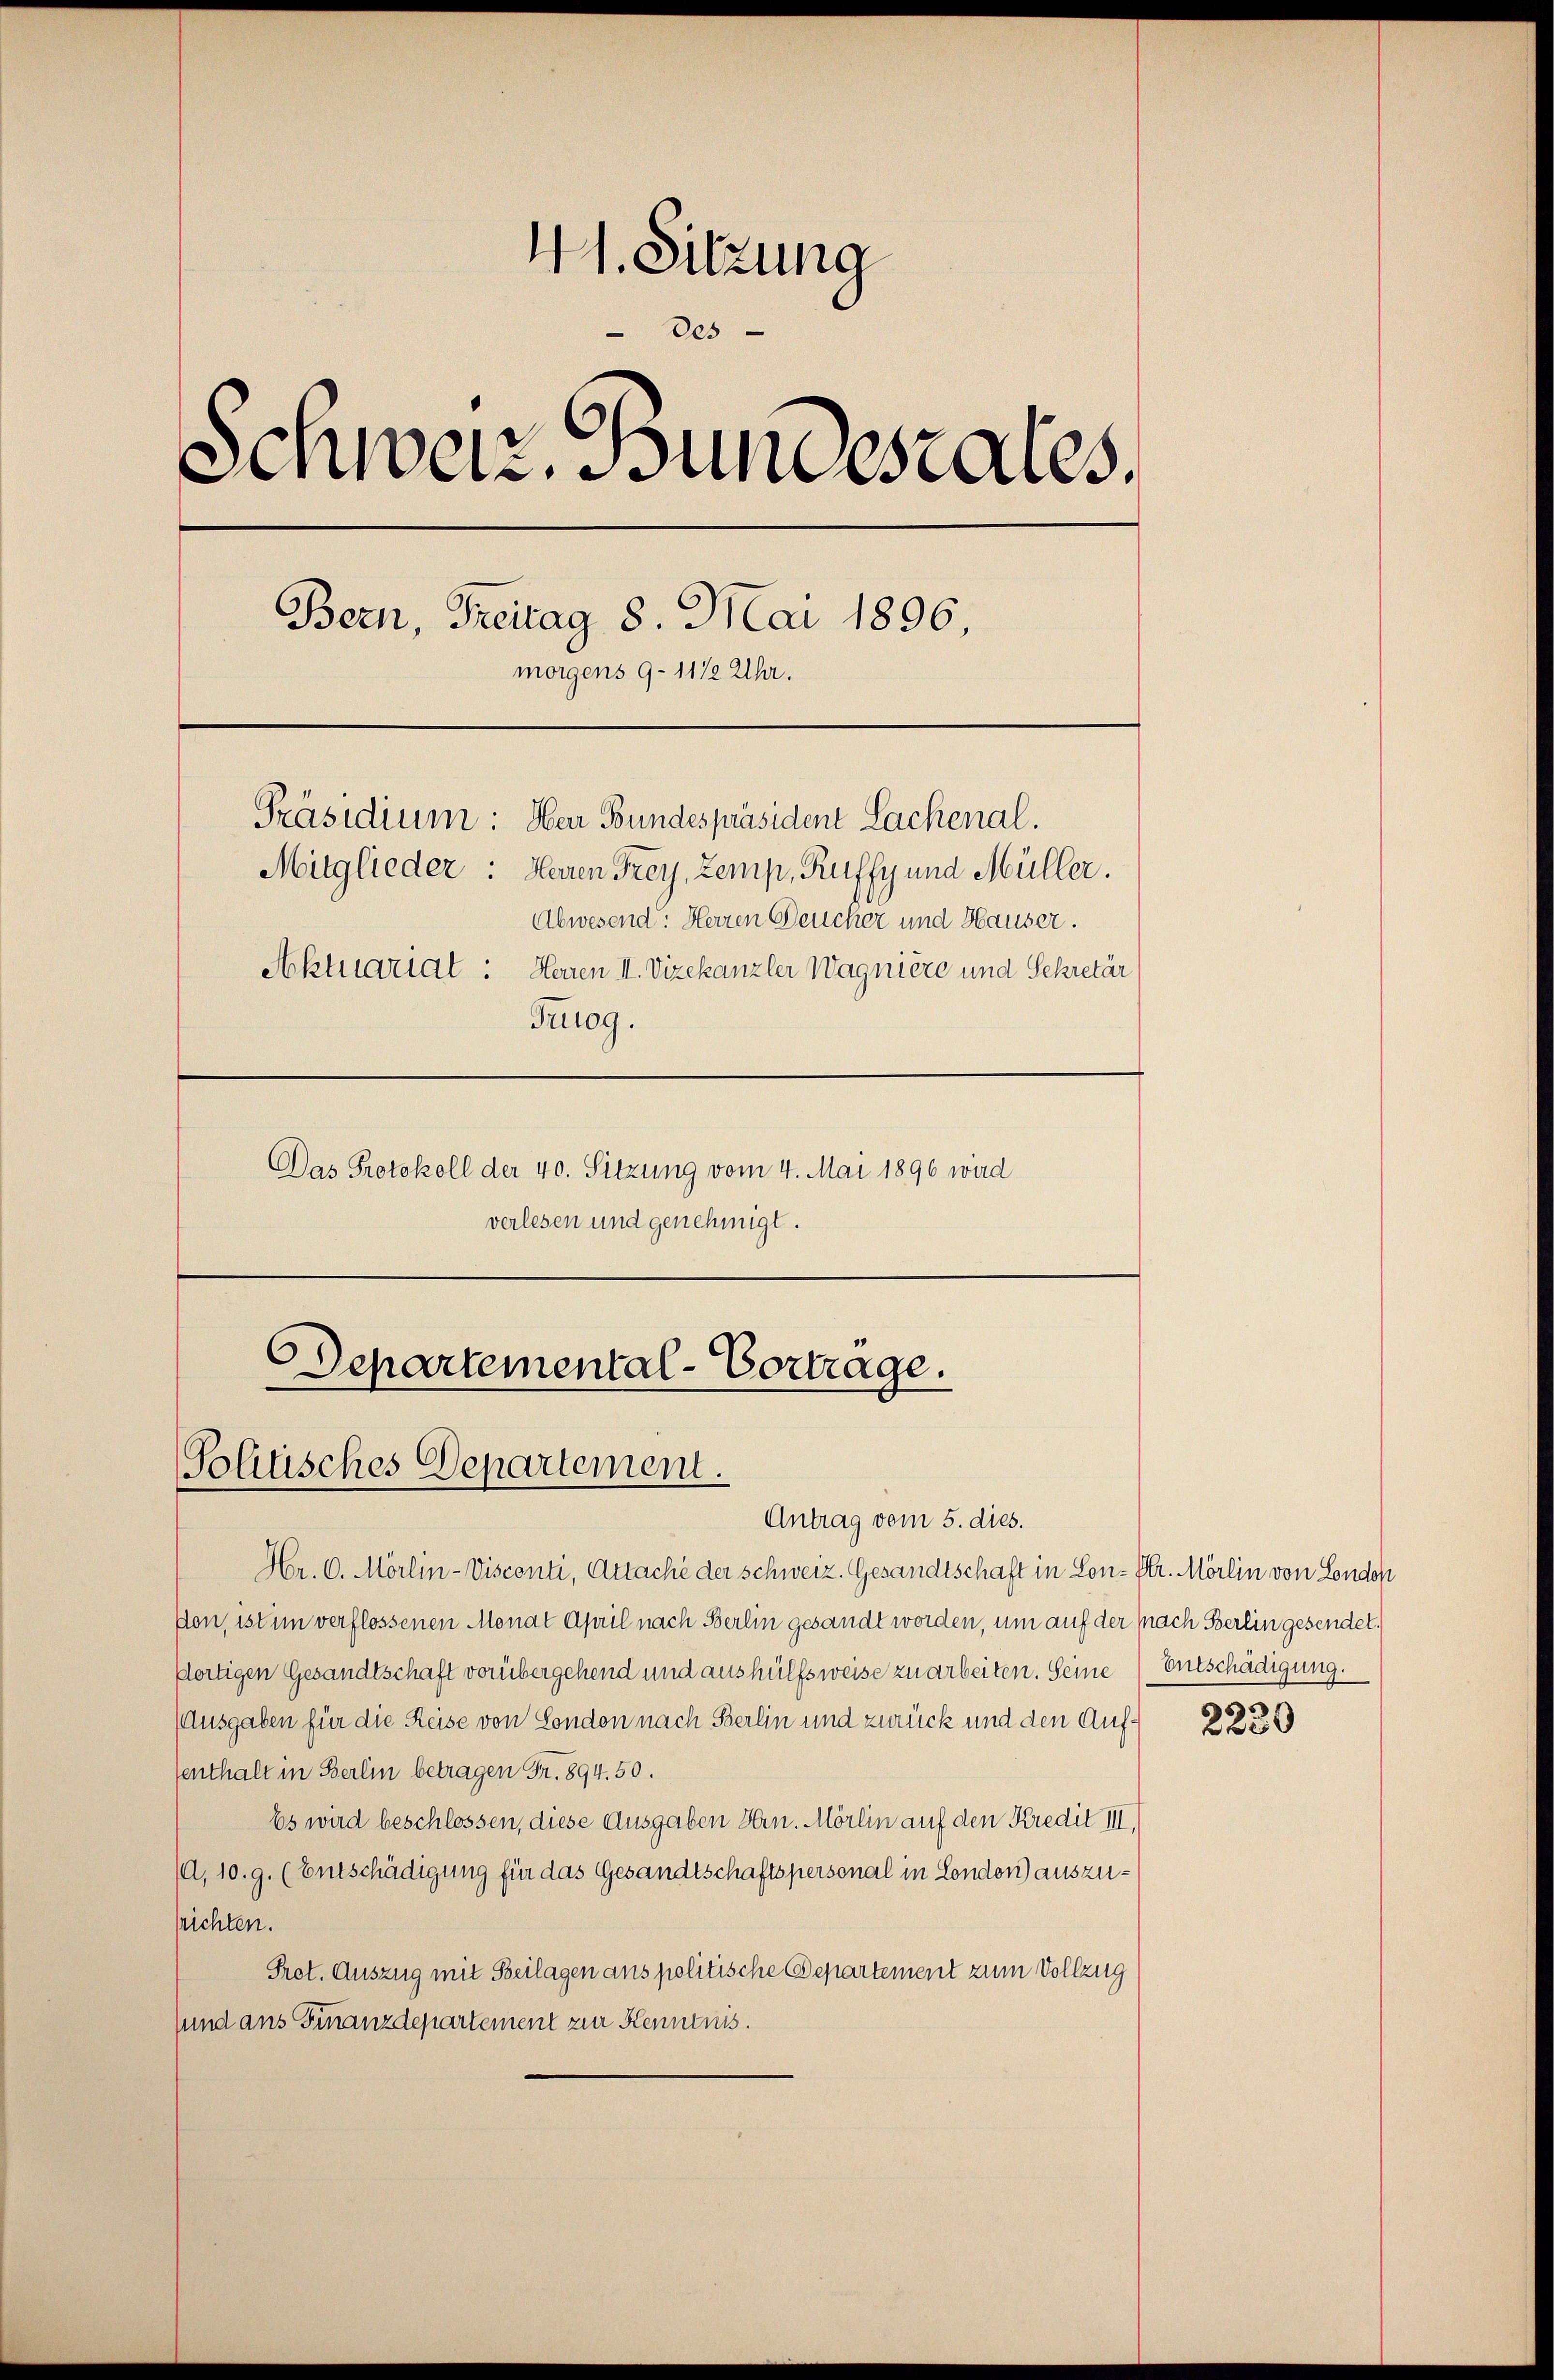
41. Sitzung
Des
Schweiz. Bundesrates.
Bern, Freitag 8. Mai 1896,
morgens 9-11/2 Uhr.
Präsidium: Herr Bundespräsident Sachenal.
Mitglieder: Herren Frey, Zemp, Ruffy und Müller.
Abwesend: Herren Deucher und Hauser.
Aktuariat: Herren II. Vizekanzler Wagnière und Sekretär
Truog.

Das Protokoll der 40. Sitzung vom 4. Mai 1896 wird
verlesen und genehmigt.

Departemental-Vortrage.
—
Politisches Departement.
Antrag vom 5. dies.

Hr. 6. Mörlin-Visconti, Attaché der Schweiz. Gesandtschaft in Lon- Dr. Mörlin von London
Von, ist im verflossenen Monat April nach Berlin gesandt worden, um auf der Nach Berlin gesendet.
ffertigen Gesandtschaft vorübergehend und aushülfsweise zu arbeiten. Seine (Entschädigung.
(Ausgaben für die Reise von Sonden nach Berlin und zurück und den Aufsenthalt in Berlin betragen Fr. 894. 50.
Es wird beschlossen, diese Ausgaben Hrn. Mörlin auf den Kredit III,
A, 10. g. (Entschädigung für das Gesandtschaftspersonal in London) auszusrichten.
Prot. Auszug mit Beilagen aus politische Departement zum Vollzug
sund aus Finanzdepartement zur Kenntnis.

5

250